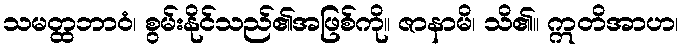
သမတ္ထဘာဝံ၊ စွမ်းနိုင်သည်၏အဖြစ်ကို။ ဇာနာမိ၊ သိ၏။ ဣတိအာဟ၊